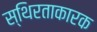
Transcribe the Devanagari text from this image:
स्थिरताकारक